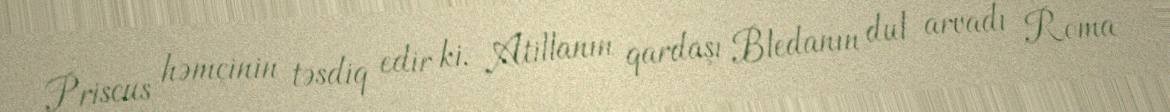
Priscus həmçinin təsdiq edir ki, Atillanın qardaşı Bledanın dul arvadı Roma